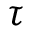
\tau